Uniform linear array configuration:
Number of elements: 12
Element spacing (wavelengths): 0.75
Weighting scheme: kaiser
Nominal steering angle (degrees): -45
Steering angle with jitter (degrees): -43.278
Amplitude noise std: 0.05
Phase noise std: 0.05

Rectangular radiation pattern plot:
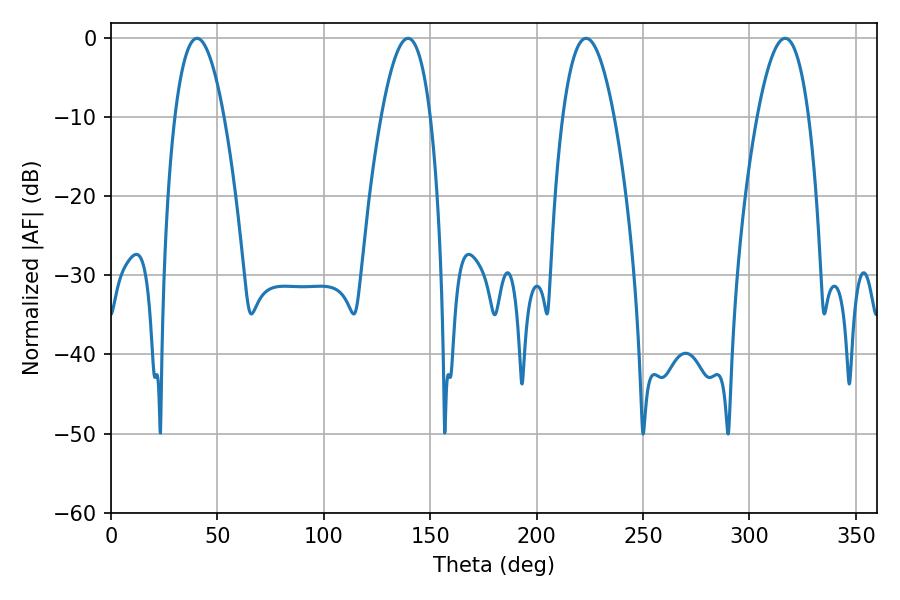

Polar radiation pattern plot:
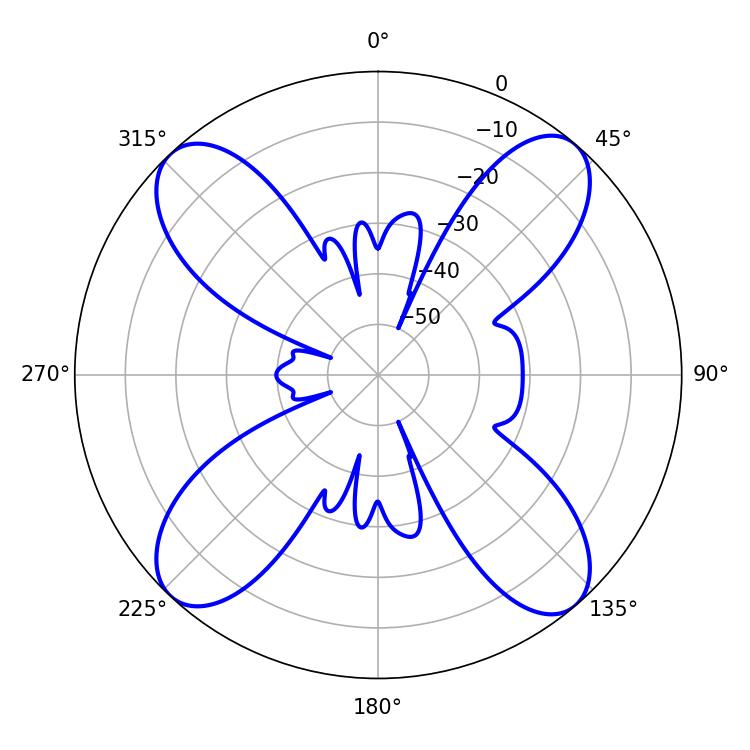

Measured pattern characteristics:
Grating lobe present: TRUE
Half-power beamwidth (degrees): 13.32
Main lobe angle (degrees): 223.2